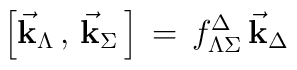
\Bigr [ { \vec {\bf k}}_\Lambda \, , \, { \vec {\bf k}}_\Sigma \,\Bigr ] \, = \, f^\Delta_{\Lambda\Sigma} \, { \vec {\bf k}}_\Delta